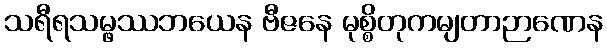
သရီရသမ္ဖဿဘယေန ဗီဇနေ မုစ္စိတုကမျတာဉာဏေန